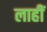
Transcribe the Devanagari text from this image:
लाहीं